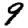
Digit: 9